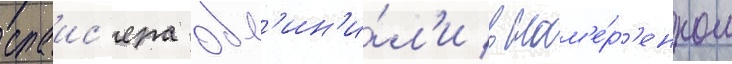
спаис'ера обв'ин'и́л'и в нам'е́р'енном